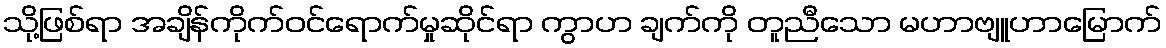
သို့ဖြစ်ရာ အချိန်ကိုက်ဝင်ရောက်မှုဆိုင်ရာ ကွာဟ ချက်ကို တူညီသော မဟာဗျူဟာမြောက်